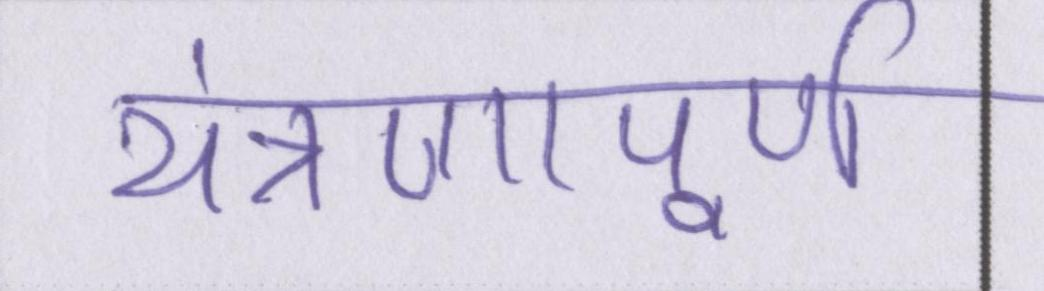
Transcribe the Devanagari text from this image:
यंत्रणापूर्ण